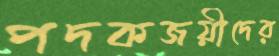
পদকজয়ীদের